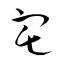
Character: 宅